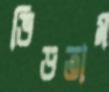
ভিড়তাম